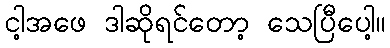
ငါ့အဖေ ဒါဆိုရင်တော့ သေပြီပေါ့။